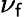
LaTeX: \nu_{\mathsf{f}}